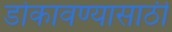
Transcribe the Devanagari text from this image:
डोकावण्यासाठी